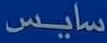
سايس